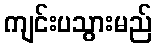
ကျင်းပသွားမည်